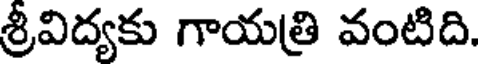
శ్రీవిద్యకు గాయత్రి వంటిది.